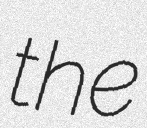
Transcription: the